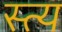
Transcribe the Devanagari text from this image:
स्त्य